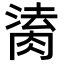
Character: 𦝎